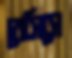
বেসিসে